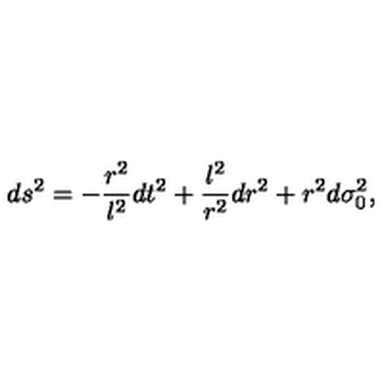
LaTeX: d s ^ { 2 } = - \frac { r ^ { 2 } } { l ^ { 2 } } d t ^ { 2 } + \frac { l ^ { 2 } } { r ^ { 2 } } d r ^ { 2 } + r ^ { 2 } d \sigma _ { 0 } ^ { 2 } ,